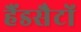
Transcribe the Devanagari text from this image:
हैंडसैटों